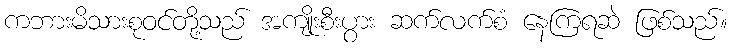
ကဘားမိသားစုဝင်တို့သည် အကျိုးစီးပွား ဆက်လက်စံ နေကြရဆဲ ဖြစ်သည်။